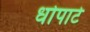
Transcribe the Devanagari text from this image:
धोपाटे